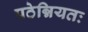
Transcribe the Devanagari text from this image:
पठेन्नियतः